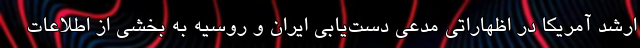
ارشد آمریکا در اظهاراتی مدعی دست‌یابی ایران و روسیه به بخشی از اطلاعات